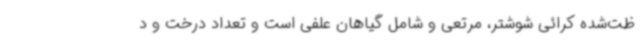
ظت‌شده کرائی شوشتر، مرتعی و شامل گیاهان علفی است و تعداد درخت و د